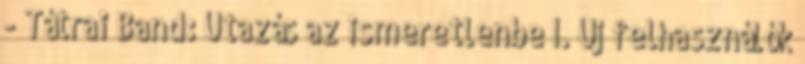
- Tátrai Band: Utazás az ismeretlenbe I. Új felhasználók